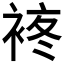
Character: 𧚕